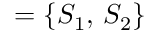
= \{ S _ { 1 } , \, S _ { 2 } \}